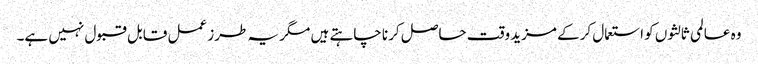
وہ عالمی ثالثوں کو استعمال کرکے مزید وقت حاصل کرنا چاہتے ہیں مگر یہ طرز عمل قابل قبول نہیں ہے۔